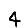
Digit: 4